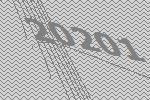
20201